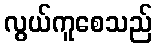
လွယ်ကူစေသည်